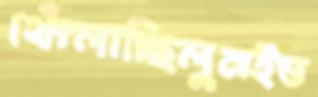
থেঁৎলাচ্ছিলুমইড